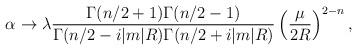
LaTeX: \begin{align*}\alpha \to \lambda\frac{\Gamma(n/2+1)\Gamma(n/2-1)}{\Gamma(n/2-i|m|R)\Gamma(n/2+i|m|R)} \left(\frac{\mu}{2R}\right)^{2-n},\end{align*}